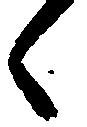
々